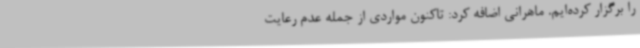
را برگزار کرده‌ایم. ماهرانی اضافه کرد: تاکنون مواردی از جمله عدم رعایت